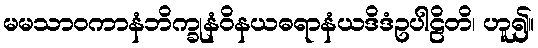
မမသာဝကာနံဘိက္ခုနံဝိနယဓရာနံယဒိဒံဥပါဠိတိ၊ ဟူ၍။